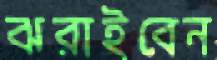
ঝরাইবেন